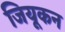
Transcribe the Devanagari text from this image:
जियूकन